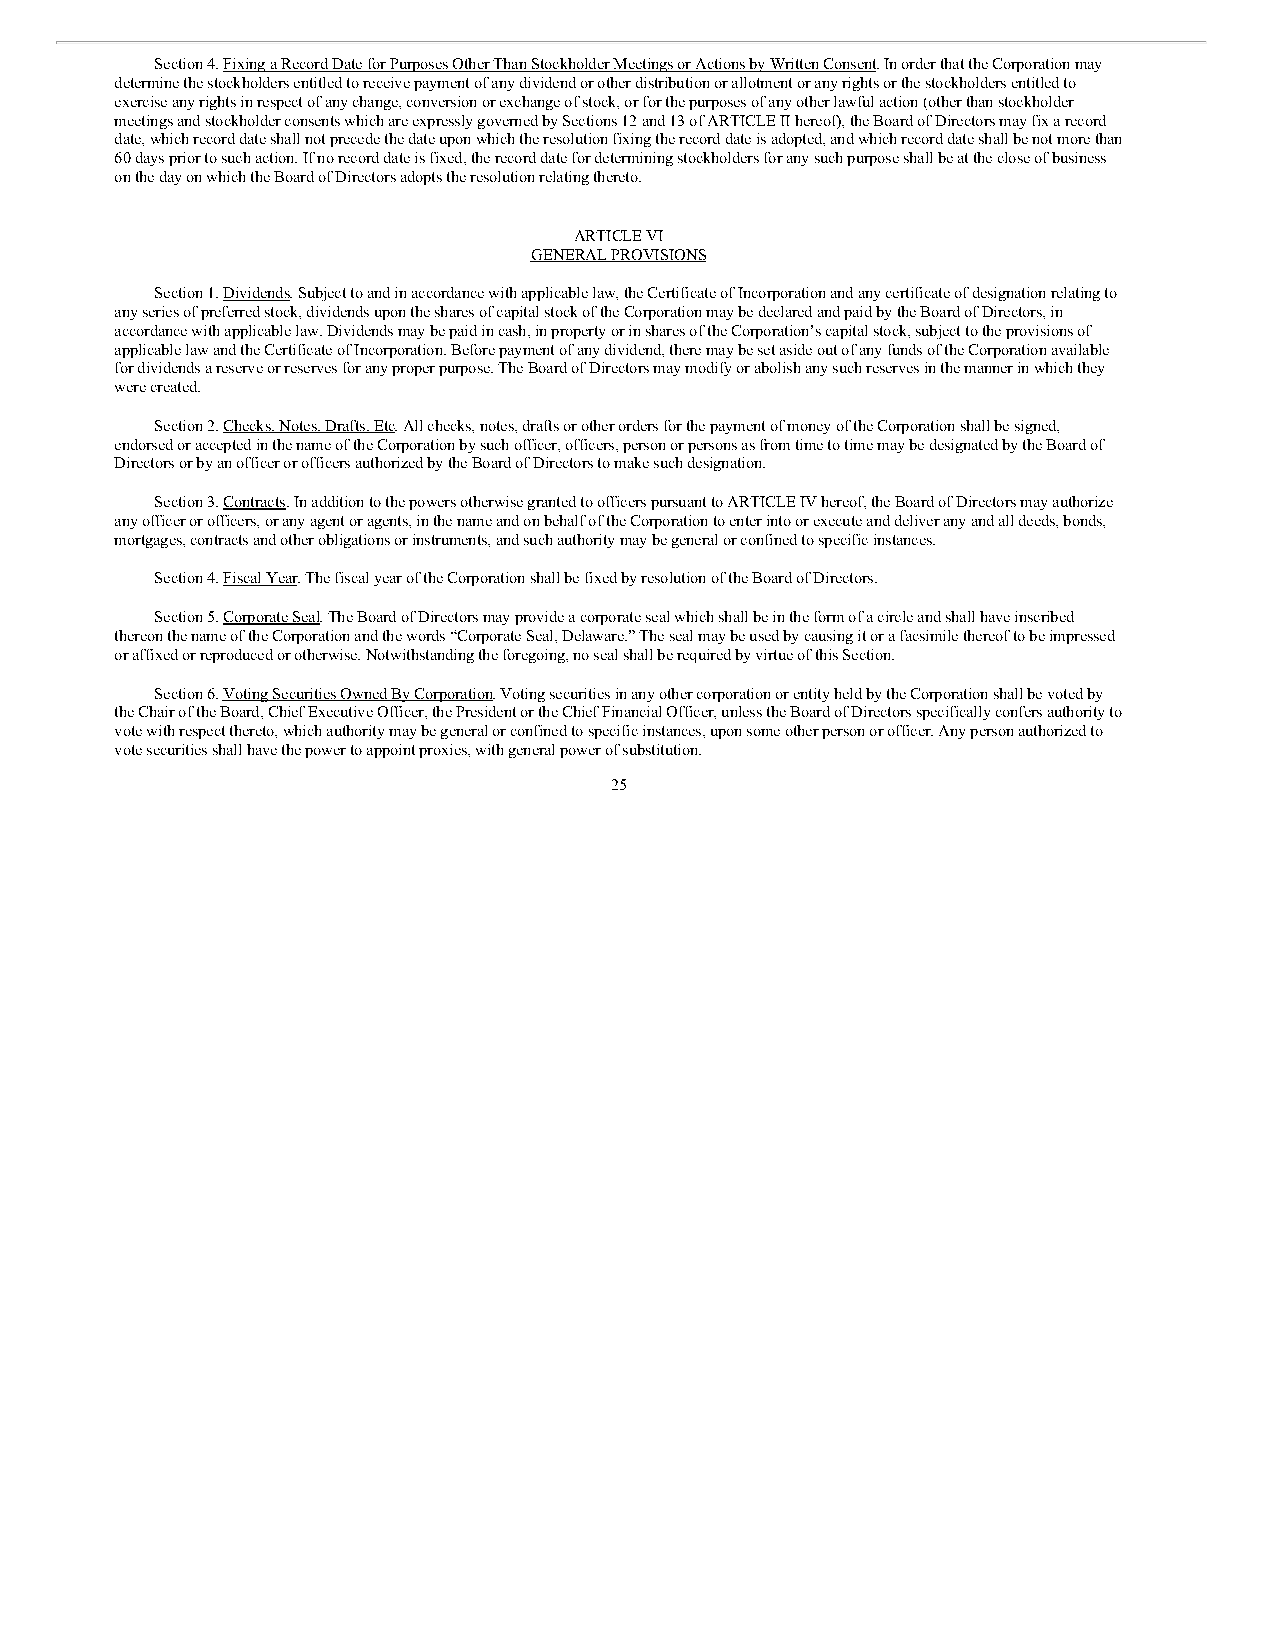
Section 4. Fixing a Record Date for Purposes Other Than Stockholder Meetings or Actions by Written Consent. In order that the Corporation may
 determine the stockholders entitled to receive payment of any dividend or other distribution or allotment or any rights or the stockholders entitled to
 exercise any rights in respect of any change, conversion or exchange of stock, or for the purposes of any other lawful action (other than stockholder
 meetings and stockholder consents which are expressly governed by Sections 12 and 13 of ARTICLE II hereof), the Board of Directors may fix a record
 date, which record date shall not precede the date upon which the resolution fixing the record date is adopted, and which record date shall be not more than
 60 days prior to such action. If no record date is fixed, the record date for determining stockholders for any such purpose shall be at the close of business
 on the day on which the Board of Directors adopts the resolution relating thereto.
 ARTICLE VI
 GENERAL PROVISIONS
 Section 1. Dividends. Subject to and in accordance with applicable law, the Certificate of Incorporation and any certificate of designation relating to
 any series of preferred stock, dividends upon the shares of capital stock of the Corporation may be declared and paid by the Board of Directors, in
 accordance with applicable law. Dividends may be paid in cash, in property or in shares of the Corporation’s capital stock, subject to the provisions of
 applicable law and the Certificate of Incorporation. Before payment of any dividend, there may be set aside out of any funds of the Corporation available
 for dividends a reserve or reserves for any proper purpose. The Board of Directors may modify or abolish any such reserves in the manner in which they
 were created.
 Section 2. Checks, Notes, Drafts, Etc. All checks, notes, drafts or other orders for the payment of money of the Corporation shall be signed,
 endorsed or accepted in the name of the Corporation by such officer, officers, person or persons as from time to time may be designated by the Board of
 Directors or by an officer or officers authorized by the Board of Directors to make such designation.
 Section 3. Contracts. In addition to the powers otherwise granted to officers pursuant to ARTICLE IV hereof, the Board of Directors may authorize
 any officer or officers, or any agent or agents, in the name and on behalf of the Corporation to enter into or execute and deliver any and all deeds, bonds,
 mortgages, contracts and other obligations or instruments, and such authority may be general or confined to specific instances.
 Section 4. Fiscal Year. The fiscal year of the Corporation shall be fixed by resolution of the Board of Directors.
 Section 5. Corporate Seal. The Board of Directors may provide a corporate seal which shall be in the form of a circle and shall have inscribed
 thereon the name of the Corporation and the words “Corporate Seal, Delaware.” The seal may be used by causing it or a facsimile thereof to be impressed
 or affixed or reproduced or otherwise. Notwithstanding the foregoing, no seal shall be required by virtue of this Section.
 Section 6. Voting Securities Owned By Corporation. Voting securities in any other corporation or entity held by the Corporation shall be voted by
 the Chair of the Board, Chief Executive Officer, the President or the Chief Financial Officer, unless the Board of Directors specifically confers authority to
 vote with respect thereto, which authority may be general or confined to specific instances, upon some other person or officer. Any person authorized to
 vote securities shall have the power to appoint proxies, with general power of substitution.
 25